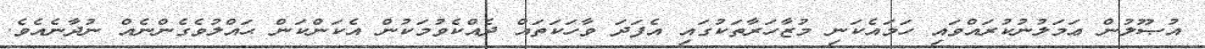
އުޞޫލުން ޢަމަލުނުކުރައްވައި ހަމައެކަނި މުޒާހަރާތަކުގައި އެފަދަ ވާހަކަތައް ދެއްކެވުމަކުން އެކަންކަން ޙައްލުވެގެންނެއް ނުދާނެއެވެ.